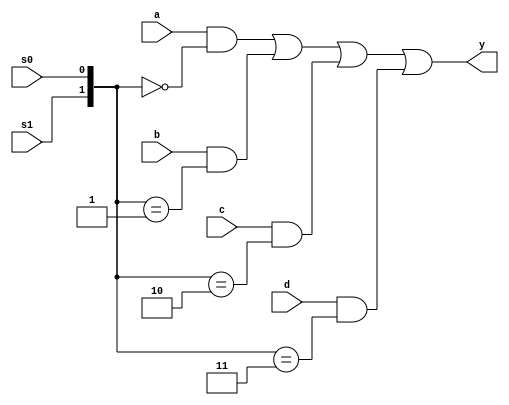
module mux41a_assign(a,b,c,d,s0,s1,y);
	input a,b,c,d,s0,s1;
	output y;
	wire[1:0] SEL;
	wire	AT,BT,CT,DT;
	assign	SEL = {s1,s0};
	assign	AT = (SEL==2'D0);
	assign	BT = (SEL==2'D1);
	assign	CT = (SEL==2'D2);
	assign	DT = (SEL==2'D3);
	assign	y 	= (a&AT) | (b&BT) | (c&CT) |(d&DT);
endmodule